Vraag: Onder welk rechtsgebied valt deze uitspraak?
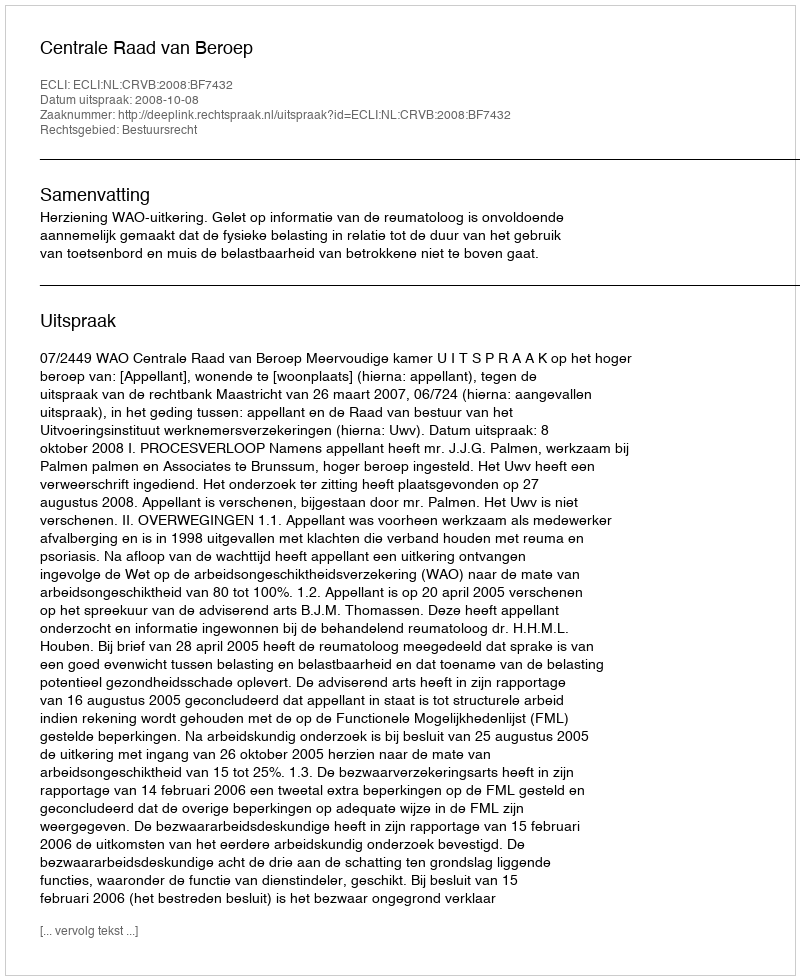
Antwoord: Bestuursrecht